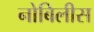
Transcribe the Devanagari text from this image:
नोबिलीस